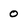
Character: 0